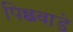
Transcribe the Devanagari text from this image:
पिछवाडे़